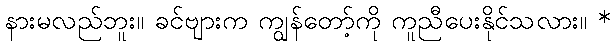
နားမလည်ဘူး။ ခင်ဗျားက ကျွန်တော့်ကို ကူညီပေးနိုင်သလား။ *